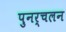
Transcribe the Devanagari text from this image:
पुनर्चलन